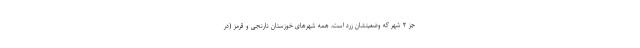
جز ۲ شهر که وضعیتشان زرد است، همه شهرهای خوزستان نارنجی و قرمز (در